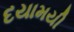
દયામયી